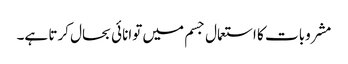
مشروبات کا استعمال جسم میں توانائی بحال کرتا ہے۔